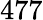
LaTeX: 477